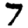
Digit: 7